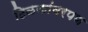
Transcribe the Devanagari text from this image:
टिळकांवरपण